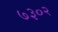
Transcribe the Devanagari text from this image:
७३०२